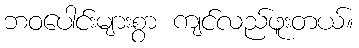
ဘဝပေါင်းများစွာ ကျင်လည်ဖူးတယ်။